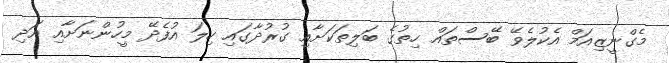
މެގްނީޒިއަމް އެކުލެވޭ ބޭސްތައް ހިތުގެ ބަލިތަކަށާއި ގުރުދާގައި ހިލަ އުފެދޭ މީހުންނަށާއި އަދި